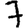
Digit: 7